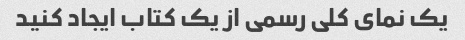
یک نمای کلی رسمی از یک کتاب ایجاد کنید